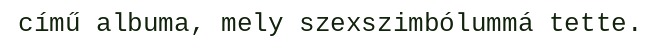
című albuma, mely szexszimbólummá tette.